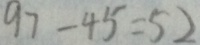
9 7 - 4 5 = 5 2